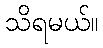
သိရမယ်။